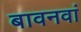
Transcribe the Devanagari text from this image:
बावनवां